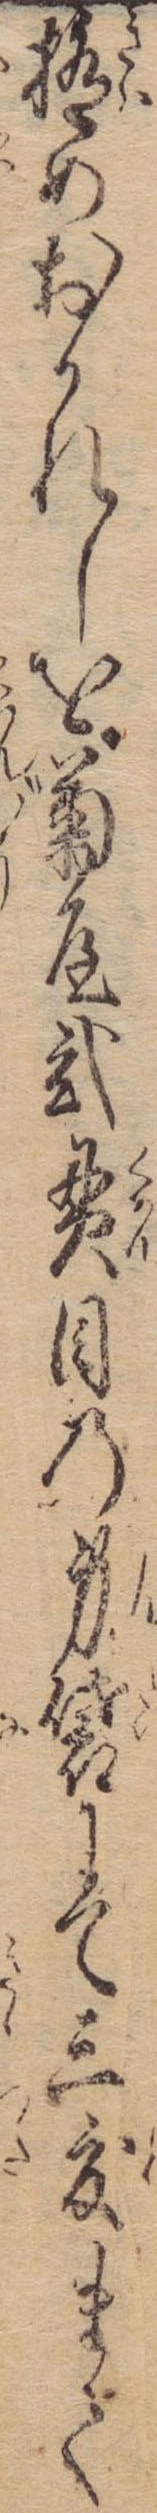
極めおかれしを菊屋弐貫目の身袋にて三度まで